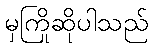
မှကြိုဆိုပါသည်